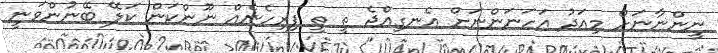
ނީންނާނަށް މިއަދު އަހަނަންނަށް އެނގިއްޖެ ތީ ތީ ފިރިހެނެއް ނޫންކަން ކަލޭ ބޭނުންވަނީ